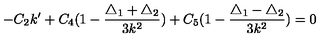
- C _ { 2 } k ^ { \prime } + C _ { 4 } ( 1 - \frac { \triangle _ { 1 } + \triangle _ { 2 } } { 3 k ^ { 2 } } ) + C _ { 5 } ( 1 - \frac { \triangle _ { 1 } - \triangle _ { 2 } } { 3 k ^ { 2 } } ) = 0